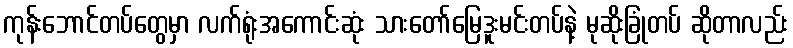
ကုန်းဘောင်တပ်တွေမှာ လက်ရုံးအကောင်းဆုံး သားတော်မြေဒူးမင်းတပ်နဲ့ မုဆိုးခြုံတပ် ဆိုတာလည်း